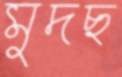
মুদছ